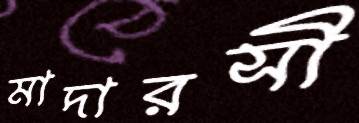
মাদারসী